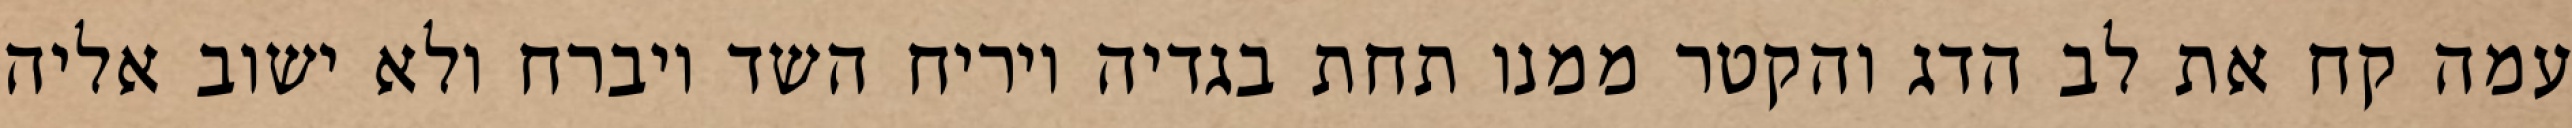
עמה קח את לב הדג והקטר ממנו תחת בגדיה ויריח השד ויברח ולא ישוב אליה